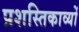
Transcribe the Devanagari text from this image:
प्रशस्तिकाव्यों